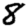
Digit: 8